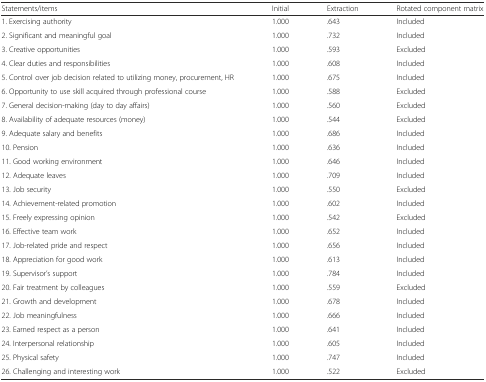
| Statements/items | Initial | Extraction | Rotated component matrix |
 | --- | --- | --- | --- |
 | 1. Exercising authority | 1.000 | .643 | Included |
 | 2. Significant and meaningful goal | 1.000 | .732 | Included |
 | 3. Creative opportunities | 1.000 | .593 | Excluded |
 | 4. Clear duties and responsibilities | 1.000 | .608 | Included |
 | 5. Control over job decision related to utilizing money, procurement, HR | 1.000 | .675 | Included |
 | 6. Opportunity to use skill acquired through professional course | 1.000 | .588 | Excluded |
 | 7. General decision-making (day to day affairs) | 1.000 | .560 | Excluded |
 | 8. Availability of adequate resources (money) | 1.000 | .544 | Excluded |
 | 9. Adequate salary and benefits | 1.000 | .686 | Included |
 | 10. Pension | 1.000 | .636 | Included |
 | 11. Good working environment | 1.000 | .646 | Included |
 | 12. Adequate leaves | 1.000 | .709 | Included |
 | 13. Job security | 1.000 | .550 | Excluded |
 | 14. Achievement-related promotion | 1.000 | .602 | Included |
 | 15. Freely expressing opinion | 1.000 | .542 | Excluded |
 | 16. Effective team work | 1.000 | .652 | Included |
 | 17. Job-related pride and respect | 1.000 | .656 | Included |
 | 18. Appreciation for good work | 1.000 | .613 | Included |
 | 19. Supervisor’s support | 1.000 | .784 | Included |
 | 20. Fair treatment by colleagues | 1.000 | .559 | Excluded |
 | 21. Growth and development | 1.000 | .678 | Included |
 | 22. Job meaningfulness | 1.000 | .666 | Included |
 | 23. Earned respect as a person | 1.000 | .641 | Included |
 | 24. Interpersonal relationship | 1.000 | .605 | Included |
 | 25. Physical safety | 1.000 | .747 | Included |
 | 26. Challenging and interesting work | 1.000 | .522 | Excluded |